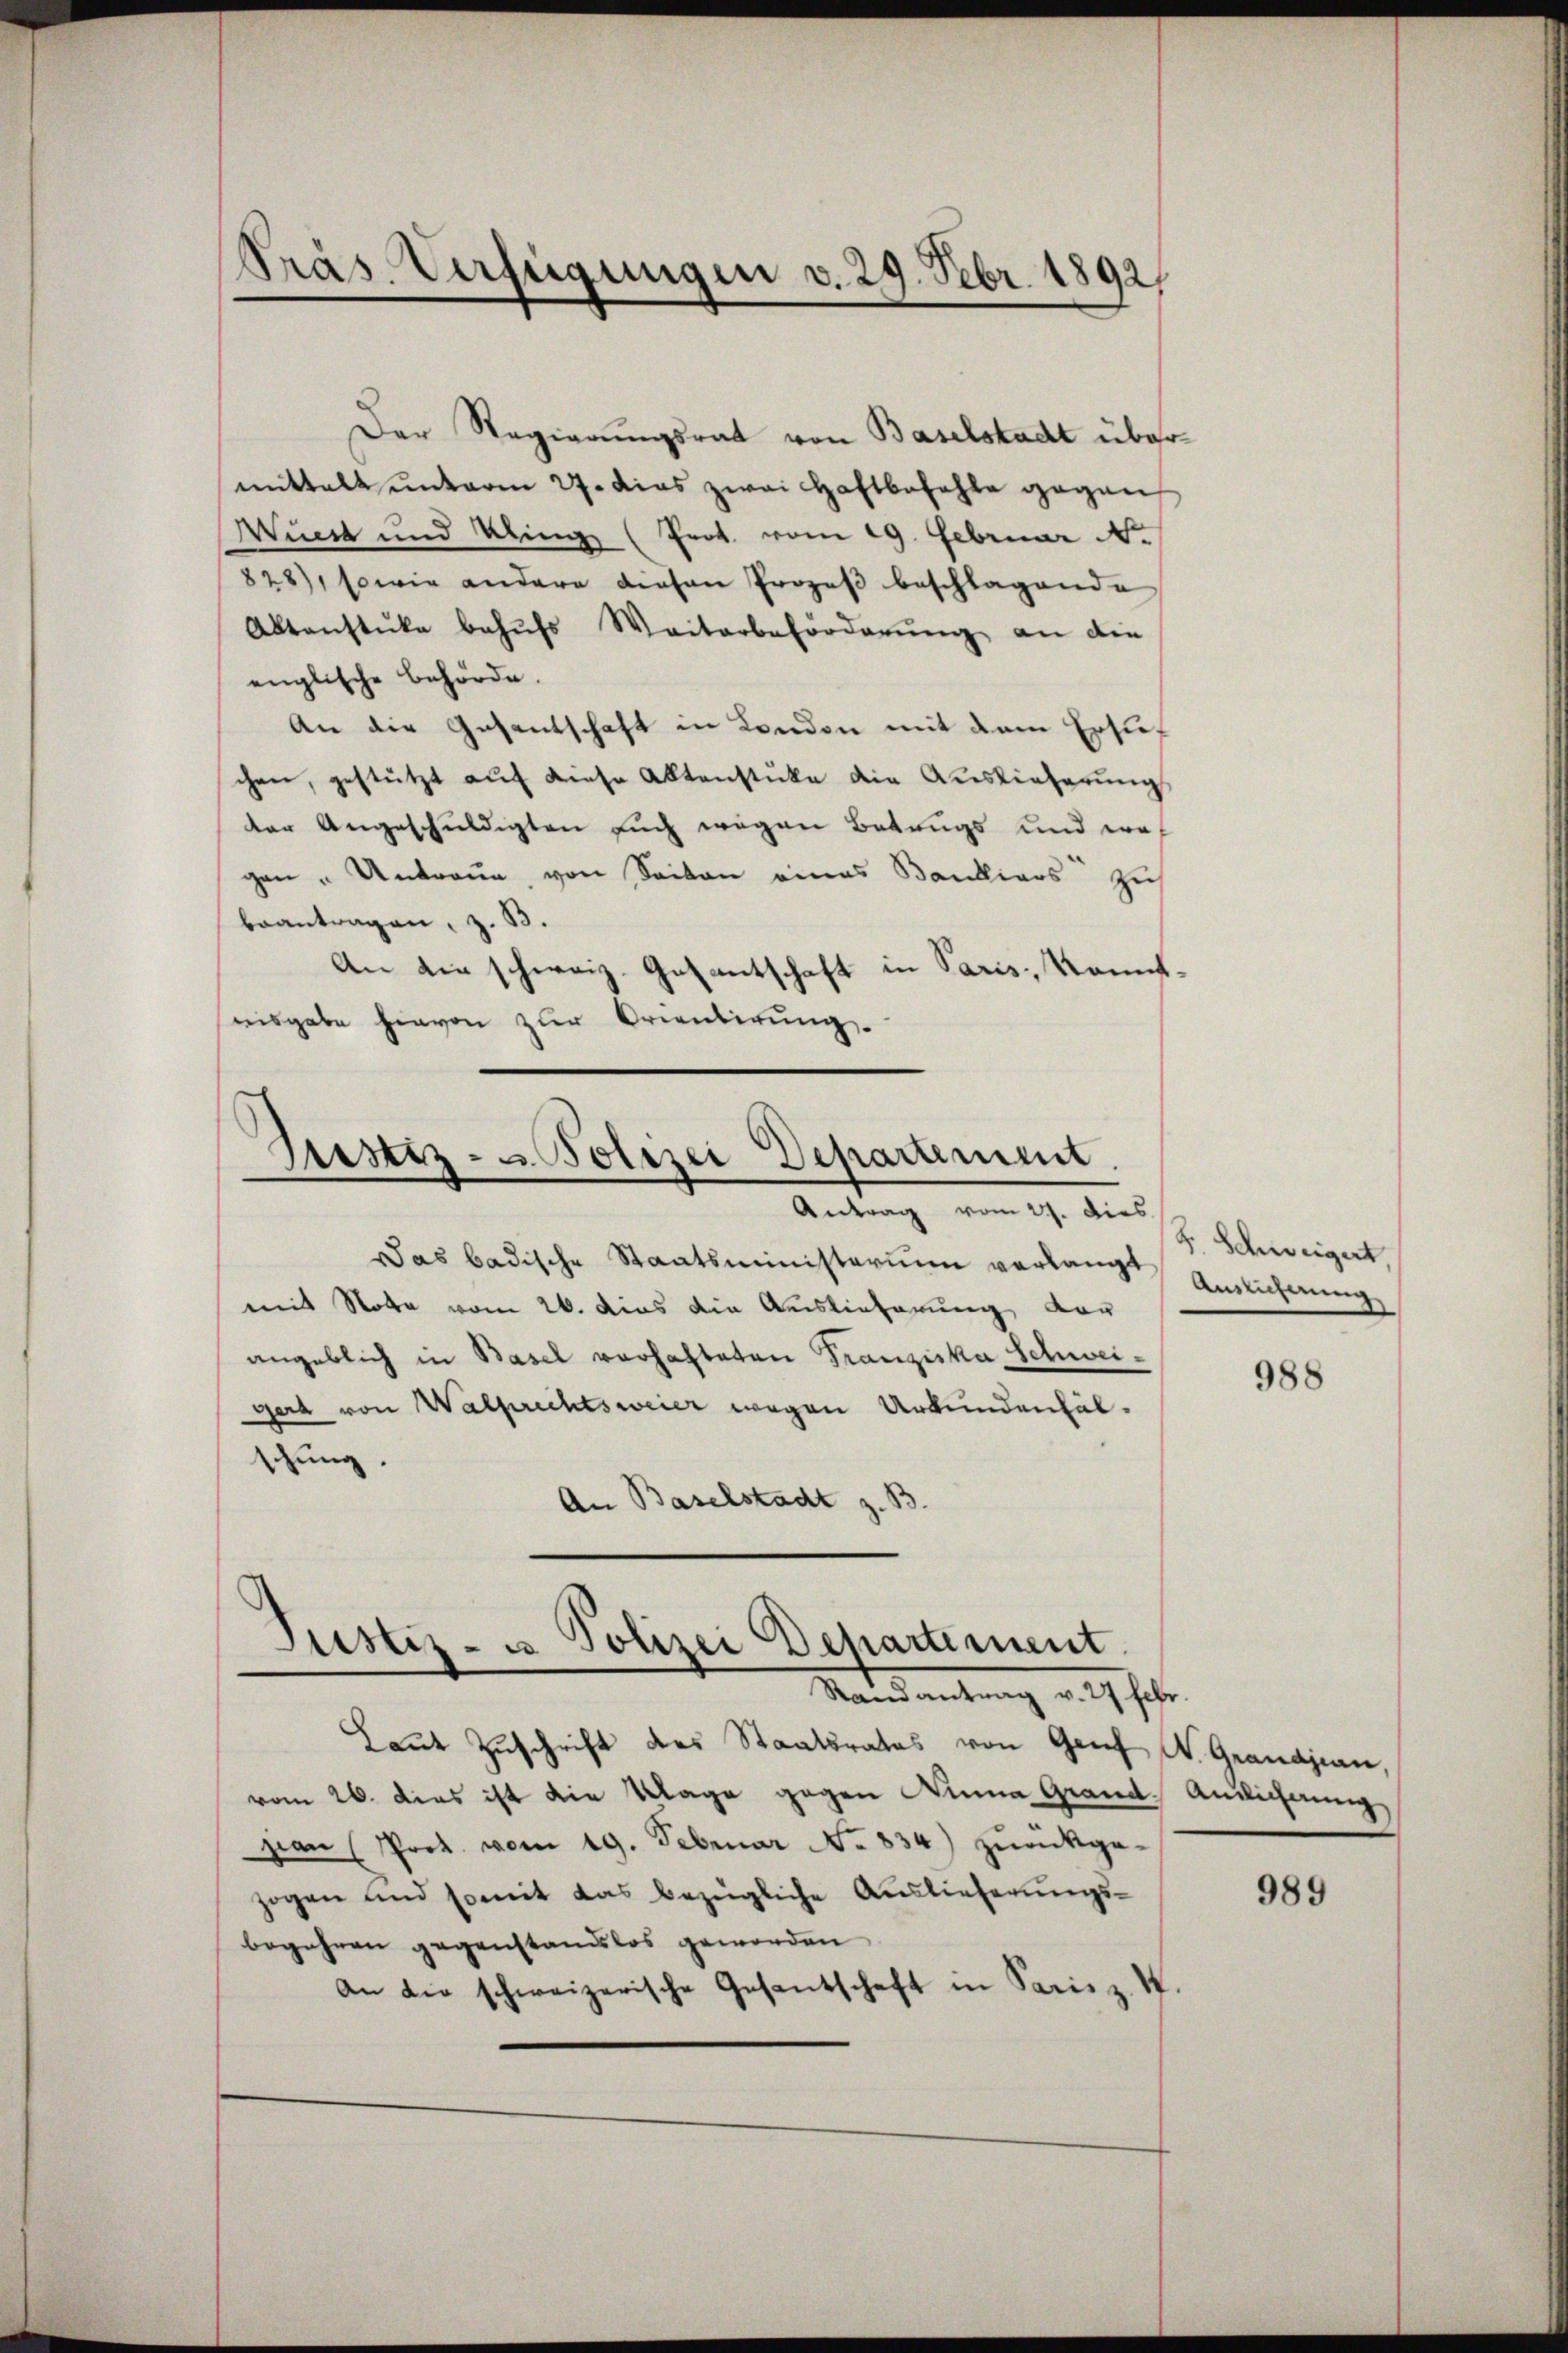
Präs. Verfügungen v. 29. Febr. 1892

Der Regierungsrat von Baselstadt übermittalt unterm 27. das zwei Haftbefehle gegen
Wucke und Klinge (Prot. vom 19. Februar N.
828), sowie andere diesen Prozeβ beschlagende
Aktenstücke behŭfs Weiterbeförderŭng an die
englische Behörde.
An die Gesantschaft in London mit dem Ersuchen, gestützt auf diese Aktenstüke die Auslieferungs
der Angeschuldigten such wegen Betrugs und erf
gen" Antraue, von Seiten eines Bankiers sich
beantragen, z. B.
An die schweiz. Gesantschaft in Paris, Kaufreisgabe hievon zur Orientirung.

Justiz- u Polizei Departement.
Antrag vom 27. Dies

Das badische Staatsministerium verlangt Anzeichnung
mit Note vom 26. dies die Auslieferung der
angeblich in Basel verhafteten Franziska Schweigert von Walprechtsweier wegen Urkundenfälschung.
An Baselstadt z. B.

Justiz- u Polizei Dehartement
Mandantrag d. G. habe.

S. Schweigert,

Laŭt Zŭschrift des Staatsrates von Genf, W. Grandjean,
vom 26. dies ist die Klage gegen Nina Grand Antlichung
pan (Prot. vom 19. Februar No. 834) zŭrückge-
zogen und somit das bezügliche Auslieferungs-
begehren gegenstandslos geworden
an die schweizerische Gesantschaft in Paris z. S.

988

.

989